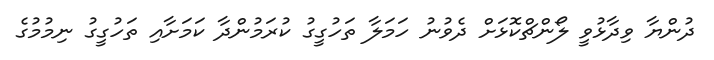
ދުންޔާ ވިދާޅުވީ ލޯންޗްކޮޅަށް ދެވުނު ހަމަލާ ތަހުގީގު ކުރަމުންދާ ކަމަށާއި ތަހުގީގު ނިމުމުގެ